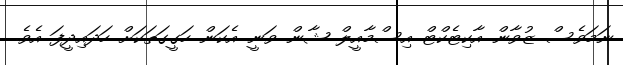
ނަމަވެސް ޒުވާން އާކިޓެކްޓް އިސްމާއީލް ޝާން ވަނީ އެކަން ހަގީގަތަކަށް ހަދައިދީފަ އެވެ.